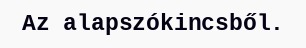
Az alapszókincsből.